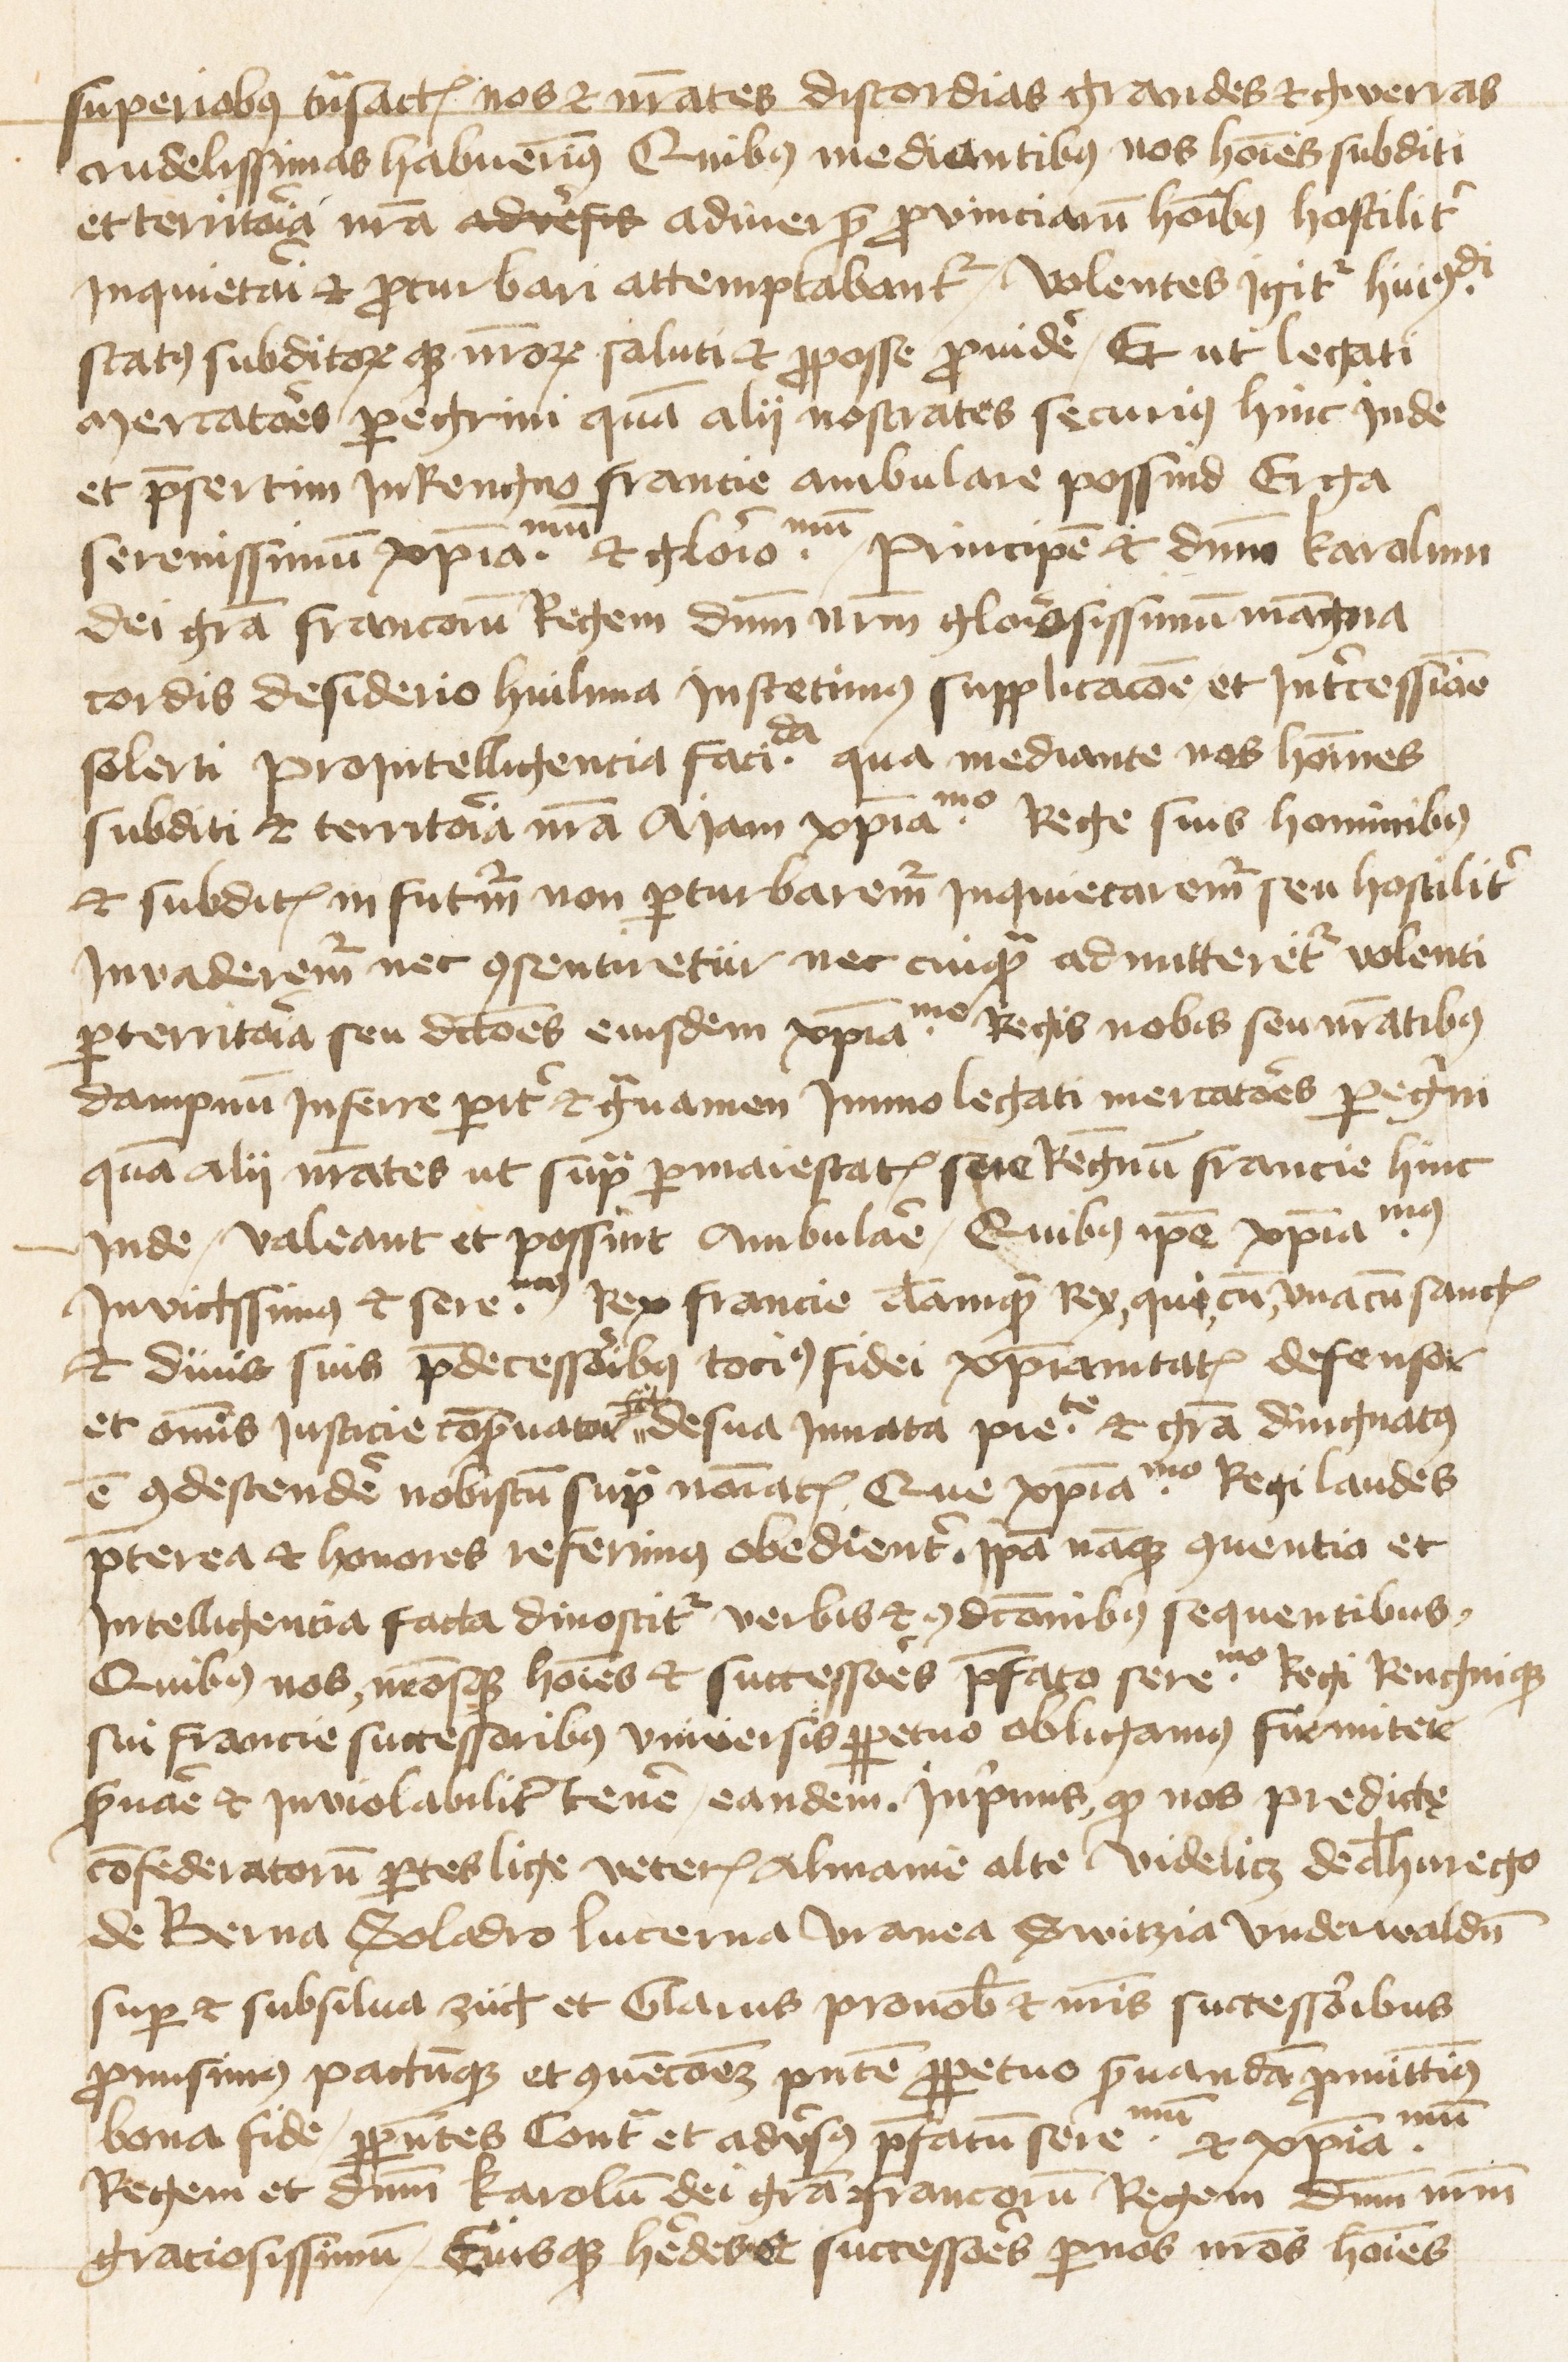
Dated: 1470–1607